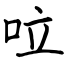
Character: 㕸